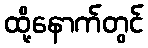
ထို့နောက်တွင်